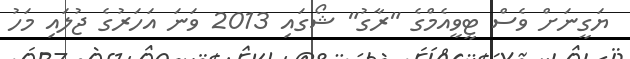
ޔަގީނަށް ވެސް ޓީވީއެމްގެ "ރާގު" ޝޯގައި 2013 ވަނަ އަހަރުގެ ޖުލައި މަހު